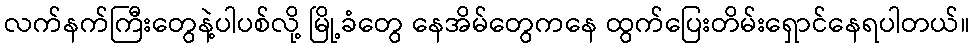
လက်နက်ကြီးတွေနဲ့ပါပစ်လို့ မြို့ခံတွေ နေအိမ်တွေကနေ ထွက်ပြေးတိမ်းရှောင်နေရပါတယ်။